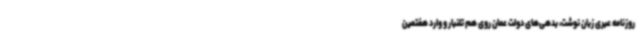
روزنامه عبری زبان نوشت، بدهی‌های دولت عمان روی هم تلنبار و وارد هفتمین